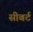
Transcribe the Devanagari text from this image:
सीबर्ट